Medical and sanitary report of the native army of Bengal for the year
Year: 1875
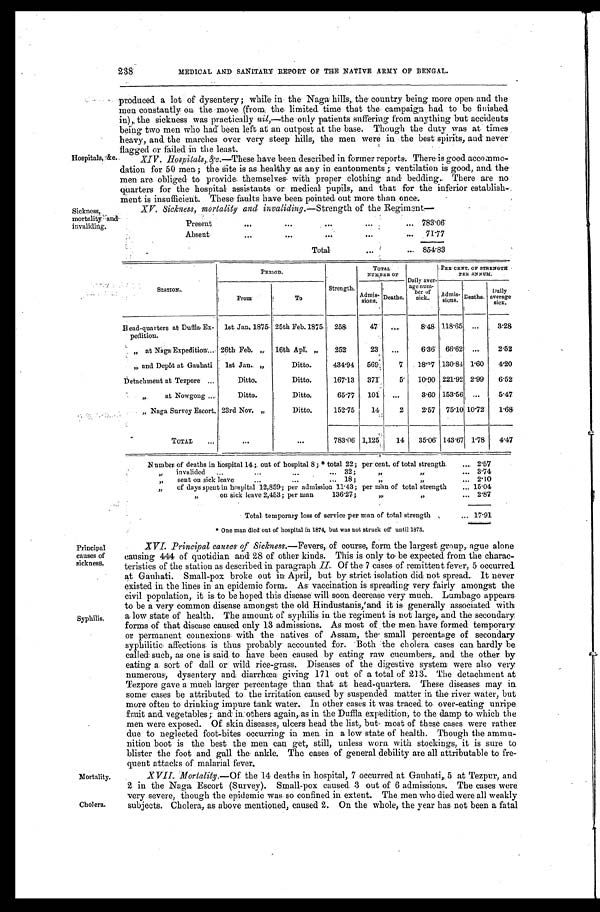
Mortality.
Cholera.
238
MEDICAL AND SANITARY REPORT OF TEE NATIVE ARMY OF BENGAL.
Hospitals, &c.
Sickness,
mortality and
invaliding.
produced a lot of dysentery; while in the Naga hills, the country being more open and the
men constantly on the move (from the limited time that the campaign had to be finished
in), the sickness was practically nil,—the only patients suffering from anything but accidents
being two men who had been left at an outpost at the base. Though the duty was at times
heavy, and the marches over very steep hills, the men were in the best spirits, and never
flagged or failed in the least.
XIV Hospitals, &c.—These have been described in former reports. There is good accommo
-
dation for 50 men; the site is as healthy as any in cantonments; ventilation is good, and the
men are obliged to provide themselves with proper clothing and bedding. There are no
quarters for the hospital assistants or medical pupils, and that for the inferior establish
-
ment is insufficient. These faults have been pointed out more than once
XV. Sickness, mortality and invaliding.— Strength of the Regiment—
Present
783.06
A b s e n t
71. 77
Total
854.83
STATION.
PERIOD.
Strength.
TOTAL
NUMBER OF Daily aver-
age num-
ber of
sick.
PER CENT. OF STRENGTH
PER ANNUM.
From
To
Admis- sions Deaths.
Admis-
sions Deaths. Daily
average sick.
Head-quarters at Duffla Ex-
pedition.
1st. Jan. 1875 25th Feb. 1875 258
47
8.48 118.65
3 . 2 8
„ at Naga Expedition 26th Feb. „ 16th Apl. „ 252
23
6.36 66.62
2 . 5 2
„ and Depôt at Gauhati 1st Jan.„
Ditto.
434.94 569
7 18.27 130.84 1.60 4 . 2 0
Detachment at Tezpore
Ditto.
Ditto.
167.13 371
5 10.90 221.92 2.99 6.52
„ at Nowgong
Ditto.
Ditto.
65.77 101
3.60 153.56
5 . 4 7
„ N a g a S u r v e y E s c o r t . 23rd Nov. „
Ditto.
152.75 14
2 2.57 75.10 10.72 1.68
TOTAL
783.06 1,125 14 35.06 143.67 1.78 4 . 4 7
Number of deaths in hospital 14; out of hospital 8; * total 22; per cent. of total strength.
2 . 5 7
„ invalided 32; „ „
3.74
„ sent on sick leave 18; „ „
2.10
„ of days spent in hospital 12,859; per admission 11.43; per man of total strength
15.04
„ on sick leave 2,453; per man 136.27;„ „
2.87
Total temporary loss of service per man of total strength
17.91
* One man died out of hospital in 1874, but was not struck off until 1875.
Principal
causes of
sickness.
Syphilis.
XVI. Principal causes of Sickness:— Fevers, of course, form the largest group, ague alone
causing 444 of quotidian and 28 of other, kinds. This is only to be expected from the charac
-
teristics of the station as described in paragraph II. Of the 7 cases of remittent fever, 5 occurred
at Gauhati. Small-pox broke out in April, but by strict isolation did not spread. It never
existed in the lines in an epidemic form. As vaccination is spreading very fairly amongst the
civil population, it is to be hoped this disease will soon decrease very much. Lumbago appears
to be a very common disease amongst the old Hindustanis, and it is generally associated with
a low state of health. The amount of syphilis in the regiment is not large, and the secondary
forms of that disease caused only 13 admissions. As most of the men have formed temporary
or permanent connexions with the natives of Assam, the small percentage of secondary
syphilitic affections is thus probably accounted for. Both the cholera cases can hardly be
called such, as one is said to have been caused by eating raw cucumbers, and the other by
eating a sort of dall or wild rice-grass. Diseases of the digestive system were also very
numerous, dysentery and diarrhœa giving 171 out of a total of 213. The detachment at
Tezpore gave a much larger percentage than that at head-quarters. These diseases, may in
some cases be attributed to the irritation caused by suspended matter in the river water, but
more often to drinking impure tank water. In other cases it was traced to over-eating unripe
fruit and vegetables; and in others again, as in the Duffla expedition, to the damp to which the
men were exposed. Of skin diseases, ulcers head the list, but most of these cases were rather
due to neglected foot-bites occurring in men in a low state of health. Though the ammu
-
nition boot is the best the men can get, still, unless worn with stockings, it is sure to
blister the foot and gall the ankle. The cases of general debility are all attributable to fre
-
quent attacks of malarial fever.
XVII. Mortality.—Of the 14 deaths in hospital, 7 occurred at Gauhati, 5 at Tezpur, and
2 in the Naga Escort (Survey). Small-pox caused 3 out of 6 admissions. The cases were
very severe, though the epidemic was so confined in extent. The men who died were all weakly
subjects. Cholera, as above mentioned, caused 2. On the whole, the year has not been a fatal